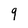
Character: 9